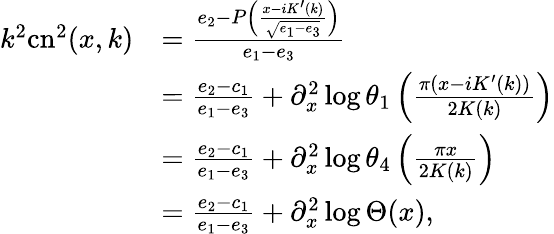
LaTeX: \begin{array}{rl}{k^{2}\mathrm{cn}^{2}(x,k)}&{=\frac{e_{2}-P\left(\frac{x-iK^{\prime}(k)}{\sqrt{e_{1}-e_{3}}}\right)}{e_{1}-e_{3}}}\\ &{=\frac{e_{2}-c_{1}}{e_{1}-e_{3}}+\partial_{x}^{2}\log\theta_{1}\left(\frac{\pi(x-iK^{\prime}(k))}{2K(k)}\right)}\\ &{=\frac{e_{2}-c_{1}}{e_{1}-e_{3}}+\partial_{x}^{2}\log\theta_{4}\left(\frac{\pi x}{2K(k)}\right)}\\ &{=\frac{e_{2}-c_{1}}{e_{1}-e_{3}}+\partial_{x}^{2}\log\Theta(x),}\end{array}